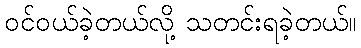
ဝင်ဝယ်ခဲ့တယ်လို့ သတင်းရခဲ့တယ်။